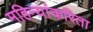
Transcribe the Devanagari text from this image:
महिन्यांकरिता